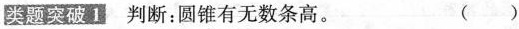
类题突破1 判断:圆锥有无数条高。 （）